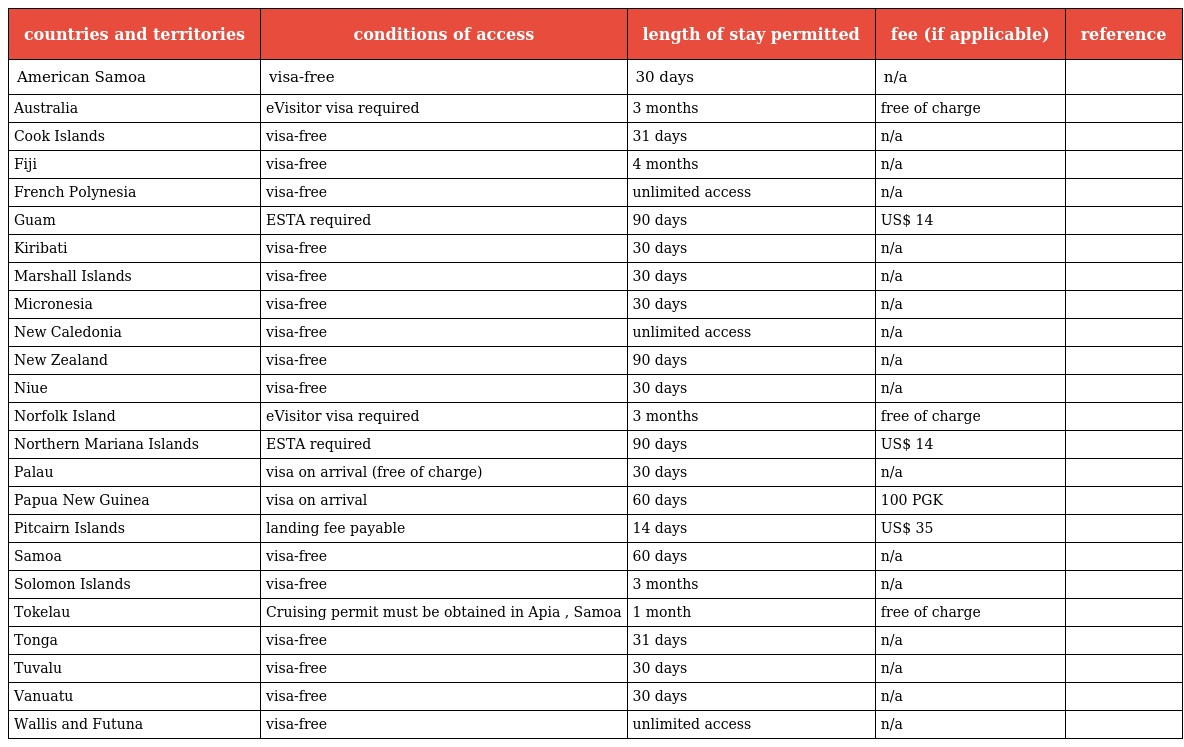
| countries and territories | conditions of access | length of stay permitted | fee (if applicable) | reference |
 | --- | --- | --- | --- | --- |
 | American Samoa | visa-free | 30 days | n/a |  |
 | Australia | eVisitor visa required | 3 months | free of charge |  |
 | Cook Islands | visa-free | 31 days | n/a |  |
 | Fiji | visa-free | 4 months | n/a |  |
 | French Polynesia | visa-free | unlimited access | n/a |  |
 | Guam | ESTA required | 90 days | US$ 14 |  |
 | Kiribati | visa-free | 30 days | n/a |  |
 | Marshall Islands | visa-free | 30 days | n/a |  |
 | Micronesia | visa-free | 30 days | n/a |  |
 | New Caledonia | visa-free | unlimited access | n/a |  |
 | New Zealand | visa-free | 90 days | n/a |  |
 | Niue | visa-free | 30 days | n/a |  |
 | Norfolk Island | eVisitor visa required | 3 months | free of charge |  |
 | Northern Mariana Islands | ESTA required | 90 days | US$ 14 |  |
 | Palau | visa on arrival (free of charge) | 30 days | n/a |  |
 | Papua New Guinea | visa on arrival | 60 days | 100 PGK |  |
 | Pitcairn Islands | landing fee payable | 14 days | US$ 35 |  |
 | Samoa | visa-free | 60 days | n/a |  |
 | Solomon Islands | visa-free | 3 months | n/a |  |
 | Tokelau | Cruising permit must be obtained in Apia , Samoa | 1 month | free of charge |  |
 | Tonga | visa-free | 31 days | n/a |  |
 | Tuvalu | visa-free | 30 days | n/a |  |
 | Vanuatu | visa-free | 30 days | n/a |  |
 | Wallis and Futuna | visa-free | unlimited access | n/a |  |